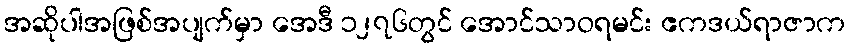
အဆိုပါအဖြစ်အပျက်မှာ အေဒီ ၁၂၇၆တွင် အောင်သာဝရမင်း ဧကဒယ်ရာဇာက